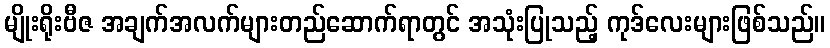
မျိုးရိုးဗီဇ အချက်အလက်များတည်ဆောက်ရာတွင် အသုံးပြုသည့် ကုဒ်လေးများဖြစ်သည်။